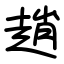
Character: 趙